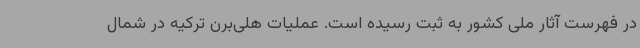
در فهرست آثار ملی کشور به ثبت رسیده است. عملیات هلی‌برن ترکیه در شمال